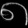
Digit: ၈